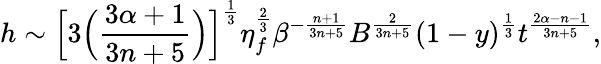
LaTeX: h\sim\Big[3\Big(\frac{3\alpha+1}{3n+5}\Big)\Big]^{\frac{1}{3}}\eta_{f}^{\frac{2}{3}}\beta^{-\frac{n+1}{3n+5}}B^{\frac{2}{3n+5}}(1-y)^{\frac{1}{3}}t^{\frac{2\alpha-n-1}{3n+5}},